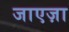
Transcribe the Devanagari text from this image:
जाएज़ा